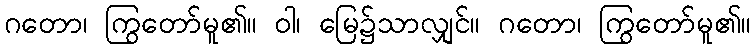
ဂတော၊ ကြွတော်မူ၏။ ဝါ၊ မြေ၌သာလျှင်။ ဂတော၊ ကြွတော်မူ၏။